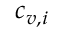
c _ { v , i }